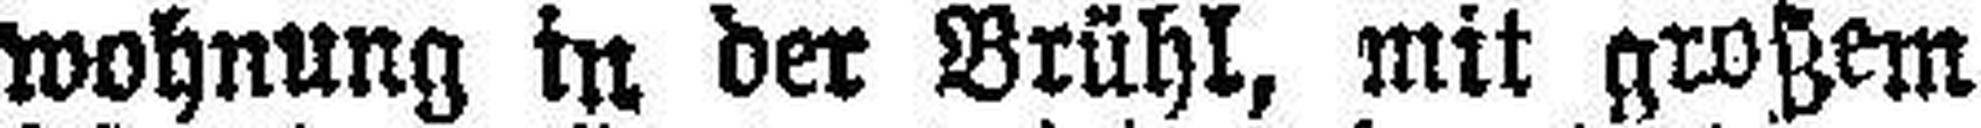
wohnung in der Brühl, mit großem